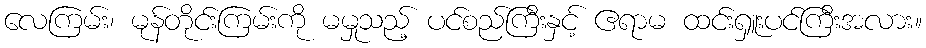
လေကြမ်း၊ မုန်တိုင်းကြမ်းကို မမှုသည့် ပင်စည်ကြီးနှင့် ဧရာမ ထင်းရှူးပင်ကြီးအလား။